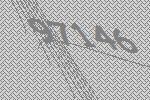
97146